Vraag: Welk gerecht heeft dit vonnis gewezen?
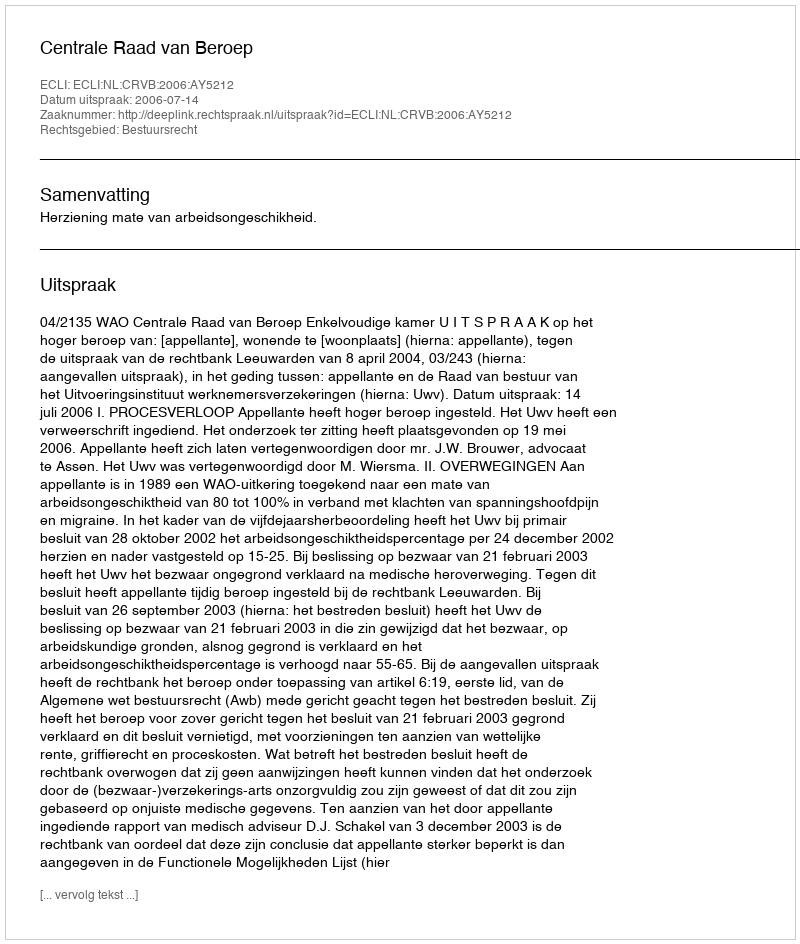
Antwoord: Centrale Raad van Beroep